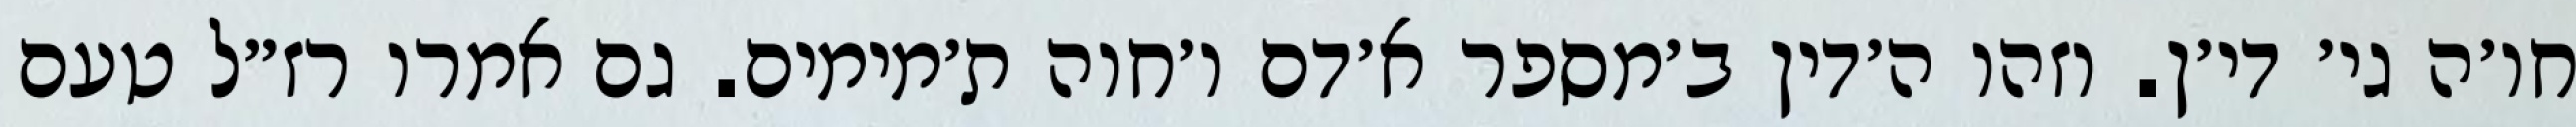
חו׳ה גי׳ די׳ן. וזהו ה׳דין ב׳מספר א׳דם ו׳חוה ת׳מימים. גם אמרו רז״ל טעם